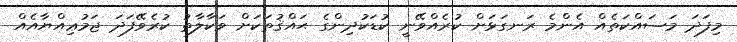
މިފަދަ މަސައްކަތެއް އެންމެ ރަނގަޅަށް ކުރެއްވޭނީ ކުޑަކުދިންގެ ޙައްޤުތަކަށް ވަކާލާތު ކުރެވޭފަދަ ޖަމުޢިއްޔާއެއް